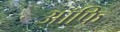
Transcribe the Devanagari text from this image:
ऑफि